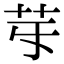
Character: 𦬤